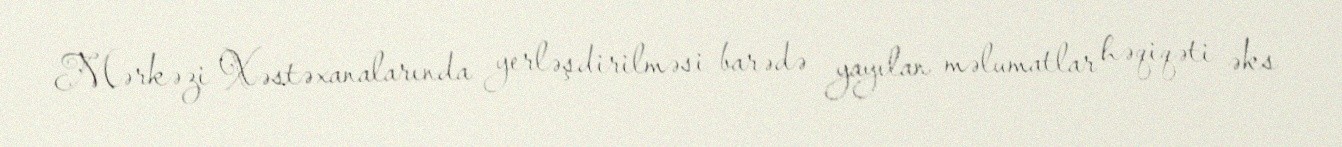
Mərkəzi Xəstəxanalarında yerləşdirilməsi barədə yayılan məlumatlar həqiqəti əks